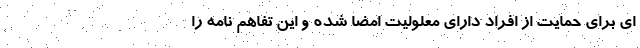
ای برای حمایت از افراد دارای معلولیت امضا شده و این تفاهم نامه را